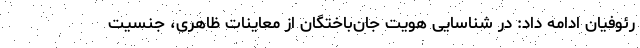
رئوفیان ادامه داد: در شناسایی هویت جان‌باختگان از معاینات ظاهری، جنسیت